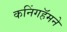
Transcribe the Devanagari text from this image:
कनिंगहॅमने